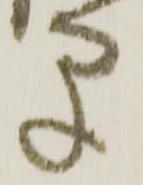
早